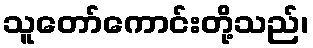
သူတော်ကောင်းတို့သည်၊